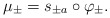
\begin{align*}\mu_\pm = s_{\pm a} \circ \varphi_\pm. \end{align*}